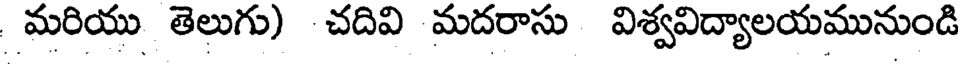
మరియు తెలుగు) చదివి మదరాసు విశ్వవిద్యాలయమునుండి